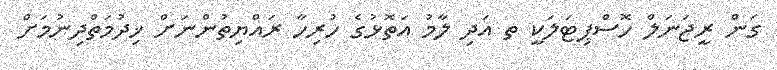
ގަން ރީޖަނަލް ހޮސްޕިޓަލަކީ ތ އަދި ލާމު އަތޮޅުގެ ހުރިހާ ރައްޔިތުންނަށް ޚިދުމަތްދިނުމަށް